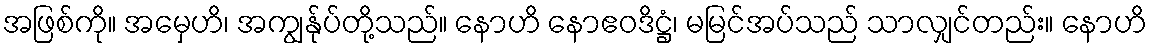
အဖြစ်ကို။ အမှေဟိ၊ အကျွန်ုပ်တို့သည်။ နောဟိ နောဧဝဒိဋ္ဌံ၊ မမြင်အပ်သည် သာလျှင်တည်း။ နောဟိ